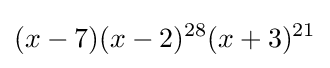
(x-7)(x-2)^{28}(x+3)^{21}